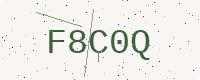
Text: F8C0Q